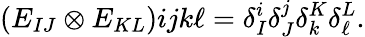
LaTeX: \begin{array}{l}{{(E_{IJ}\otimes E_{KL})}}\end{array}{ij}{k\ell}=\delta_{I}^{i}\delta_{J}^{j}\delta_{k}^{K}\delta_{\ell}^{L}.